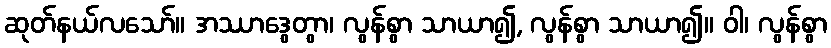
ဆုတ်နယ်လသော်။ အဿာဒွေတွာ၊ လွန်စွာ သာယာ၍, လွန်စွာ သာယာ၍။ ဝါ၊ လွန်စွာ